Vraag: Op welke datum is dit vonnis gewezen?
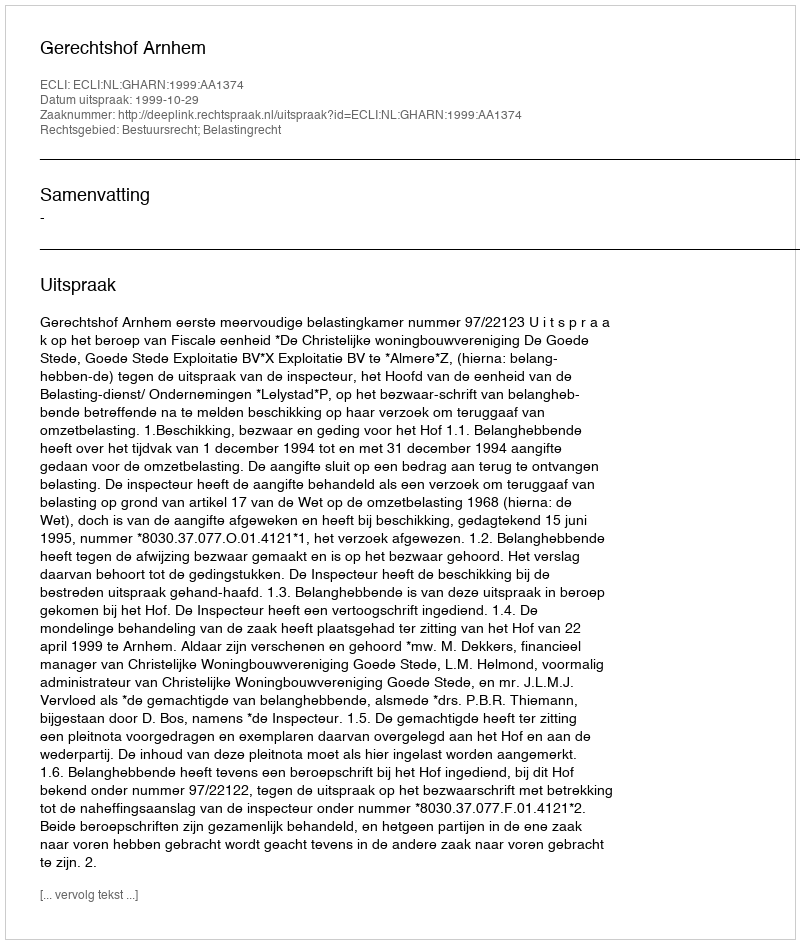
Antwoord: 1999-10-29